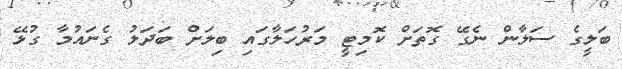
ބަލީގެ ސަލާން ނެގޭ ގޮތަށް ކޮމިޓީ މަރުހަލާގައި ބިލަށް ބަދަލު ގެނައުމާ ގުޅޭ